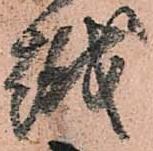
越